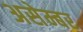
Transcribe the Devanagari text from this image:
असेम्बर